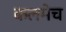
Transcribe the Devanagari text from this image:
कलमेच